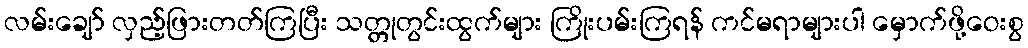
လမ်းချော် လှည့်ဖြားတတ်ကြပြီး သတ္တုတွင်းထွက်များ ကြိုးပမ်းကြရန် ကင်မရာများပါ မှောက်ဖို့ဝေးစွ